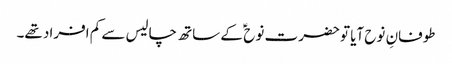
طوفانِ نوح آیا تو حضرت نوح ؑ کے ساتھ چالیس سے کم افراد تھے۔